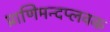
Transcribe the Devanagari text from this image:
प्राणिमन्दप्लवक